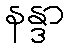
နန္ဒာ